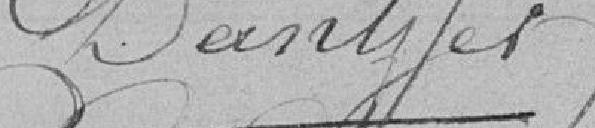
Dantzer